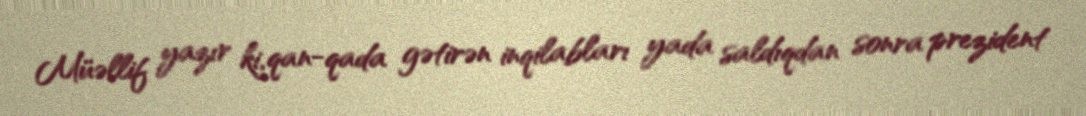
Müəllif yazır ki, qan-qada gətirən inqilabları yada saldıqdan sonra prezident